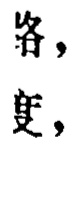
络，

吏，